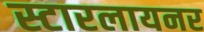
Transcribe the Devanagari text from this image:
स्टारलायनर